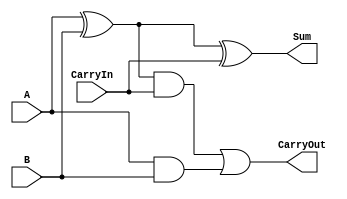
module m_full_adder (CarryOut, Sum, A, B, CarryIn);
	wire   w_WIRE_1;
 	wire   w_WIRE_2;
 	wire   w_WIRE_3;
       	output CarryOut, Sum;
	input  A, B, CarryIn;

  	assign w_WIRE_1 = A ^ B;
  	assign w_WIRE_2 = w_WIRE_1 & CarryIn;
  	assign w_WIRE_3 = A & B;

	assign CarryOut = w_WIRE_2 | w_WIRE_3;
  	assign Sum   = w_WIRE_1 ^ CarryIn;

endmodule